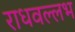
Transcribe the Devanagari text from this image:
राधवल्लभ